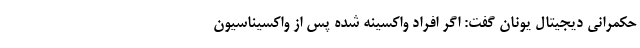
حکمرانی دیجیتال یونان گفت: اگر افراد واکسینه شده پس از واکسیناسیون